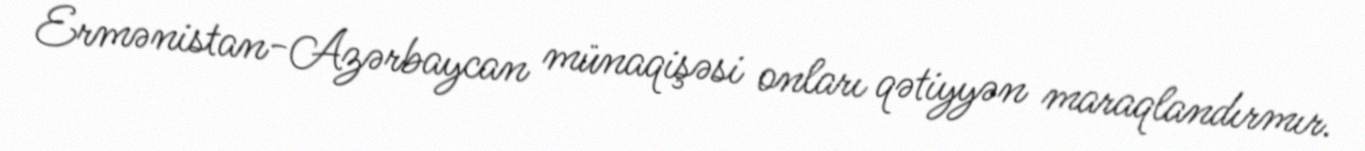
Ermənistan-Azərbaycan münaqişəsi onları qətiyyən maraqlandırmır.